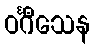
ဝင်္ဂီသေန